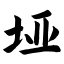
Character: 垭